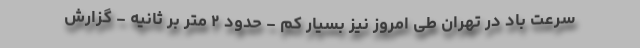
سرعت باد در تهران طی امروز نیز بسیار کم - حدود ۲ متر بر ثانیه - گزارش